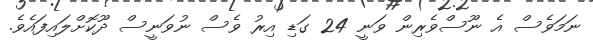
ނަމަވެސް އެ ނޫސްވެރިން ވަނީ 24 ގަޑި އިރު ވެސް ނުވަނީސް ދޫކޮށްލައިފައެވެ.